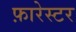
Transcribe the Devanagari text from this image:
फ़ारेस्टर